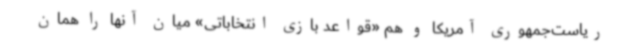
ریاست‌جمهوری آمریکا و هم «قواعد بازی انتخاباتی» میان آنها را همان